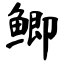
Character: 鲫